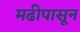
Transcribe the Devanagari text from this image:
मढीपासून